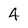
Character: 4